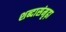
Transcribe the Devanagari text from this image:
शब्दासंमृढ़ा